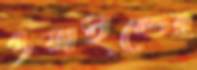
ওয়াইল্ডের